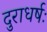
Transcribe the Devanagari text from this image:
दुराधर्षः